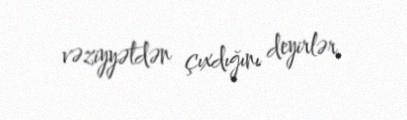
vəziyyətdən çıxdığını deyirlər.